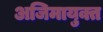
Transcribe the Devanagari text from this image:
अजिमायुक्त